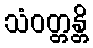
သံဝတ္တန္တိ